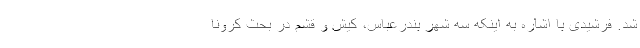
شد. فرشیدی با اشاره به اینکه سه شهر بندرعباس، کیش و قشم در بحث کرونا